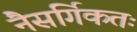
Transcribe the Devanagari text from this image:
नैसर्गिकतः